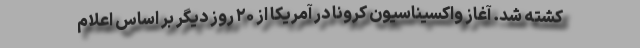
کشته شد. آغاز واکسیناسیون کرونا در آمریکا از ۲۰ روز دیگر بر اساس اعلام